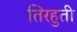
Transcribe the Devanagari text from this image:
तिरहुती